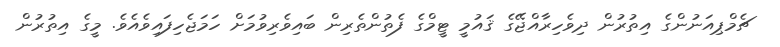
ޗެމްޕިއަނުންގެ އިތުރުން ދިވެހިރާއްޖޭގެ ޤައުމީ ޓީމްގެ ފެތުންތެރިން ބައިވެރިވުމަށް ހަމަޖެހިފައިވެއެވެ. މީގެ އިތުރުން